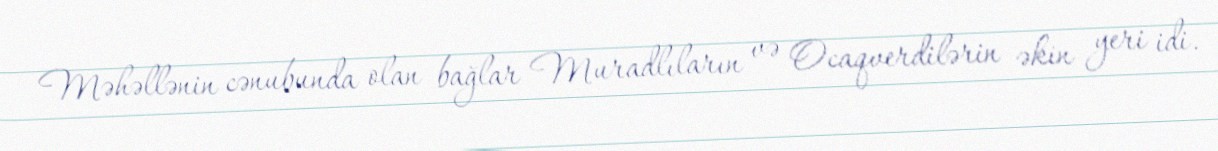
Məhəllənin cənubunda olan bağlar Muradlıların və Ocaqverdilərin əkin yeri idi.